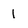
Character: 1